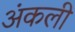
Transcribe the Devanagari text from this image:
अंकली